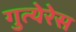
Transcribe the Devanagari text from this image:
गुत्येरेस